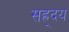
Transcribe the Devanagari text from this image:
सह्र्दय